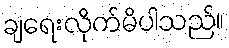
ချရေးလိုက်မိပါသည်။